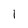
Character: l